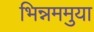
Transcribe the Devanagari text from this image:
भिन्नममुया